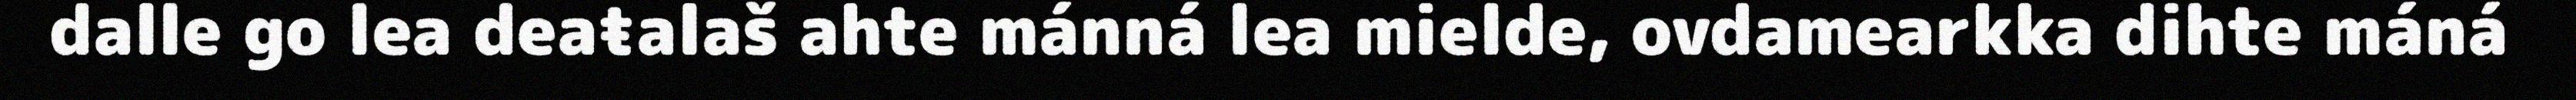
dalle go lea deaŧalaš ahte mánná lea mielde, ovdamearkka dihte máná